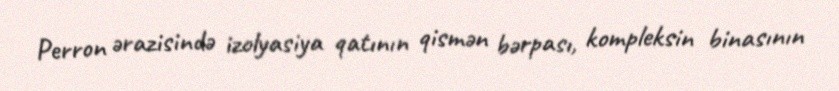
Perron ərazisində izolyasiya qatının qismən bərpası, kompleksin binasının